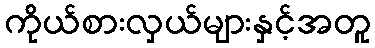
ကိုယ်စားလှယ်များနှင့်အတူ